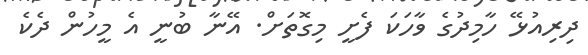
ދިރިއުޅޭ ހާމިދުގެ ވާހަކަ ފެށީ މިގޮތަށް. އޭނާ ބުނީ އެ މީހުން ދެކެ